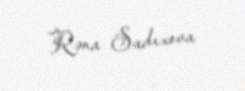
Rəna Sadıxova